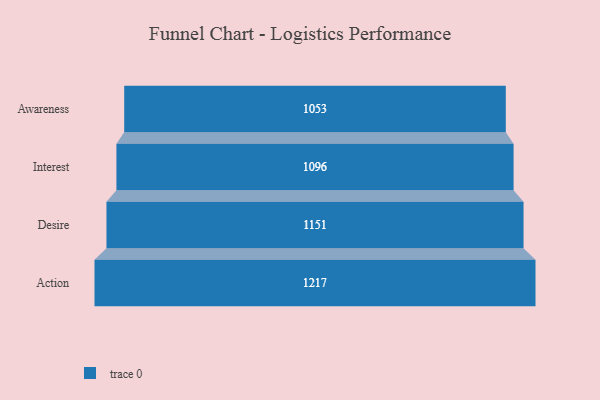
{"axis": {"x": "Stage", "y": "Value"}, "legend": [""], "data": [{"x": "Awareness", "y": 1053.0, "type": ""}, {"x": "Interest", "y": 1096.0, "type": ""}, {"x": "Desire", "y": 1151.0, "type": ""}, {"x": "Action", "y": 1217.0, "type": ""}]}